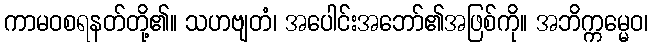
ကာမဝစရနတ်တို့၏။ သဟဗျတံ၊ အပေါင်းအဘော်၏အဖြစ်ကို။ အဘိက္ကမ္မေဝ၊